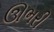
ઊભરી